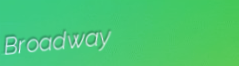
Broadway